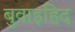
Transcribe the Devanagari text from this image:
बुवाइहिद